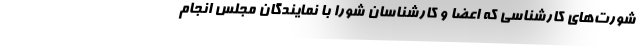
شورت‌های کارشناسی که اعضا و کارشناسان شورا با نمایندگان مجلس انجام